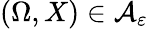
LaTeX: (\Omega,X)\in\mathcal A_{\varepsilon}